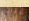
منذ